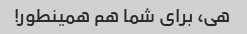
هی، برای شما هم همینطور!